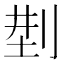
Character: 𠜚